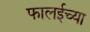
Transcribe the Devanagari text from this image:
फालईच्या